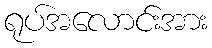
ရုပ်အလောင်းအား